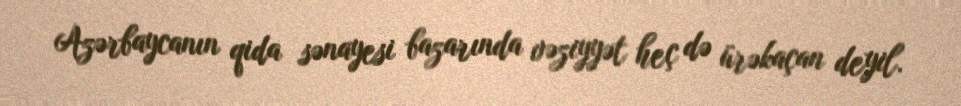
Azərbaycanın qida sənayesi bazarında vəziyyət heç də ürəkaçan deyil.